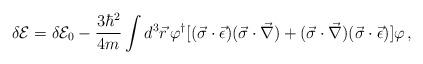
LaTeX: \begin{align*}\delta {\cal E}=\delta {\cal E}_0 -\frac{3\hbar^2}{4m}\int d^3\vec{r}\,\varphi^{\dagger}[(\vec{\sigma}\cdot\vec{\epsilon})(\vec{\sigma}\cdot\vec{\nabla})+(\vec{\sigma}\cdot\vec{\nabla})(\vec{\sigma}\cdot\vec{\epsilon})]\varphi\,{,}\end{align*}